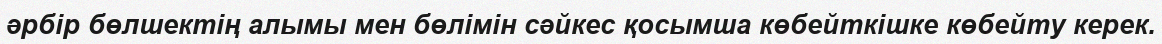
әрбір бөлшектің алымы мен бөлімін сәйкес қосымша көбейткішке көбейту керек.